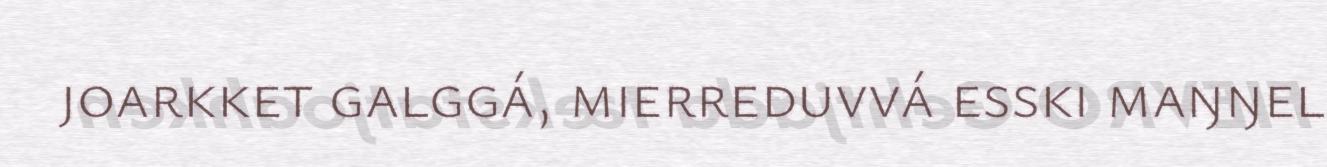
joarkket galggá, mierreduvvá esski maŋŋel